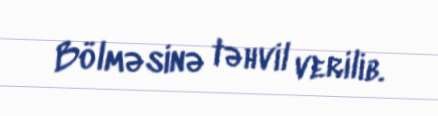
Bölməsinə təhvil verilib.